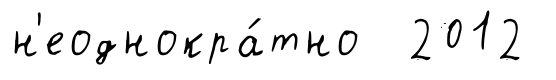
н'еоднокра́тно 2012